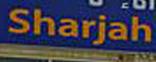
sharjah